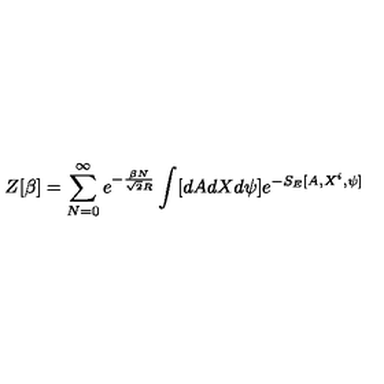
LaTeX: Z [ \beta ] = \sum _ { N = 0 } ^ { \infty } e ^ { - \frac { \beta N } { \sqrt { 2 } R } } \int [ d A d X d \psi ] e ^ { - S _ { E } [ A , X ^ { i } , \psi ] }